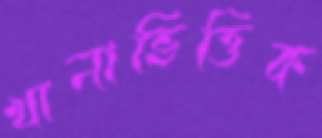
খানাভিত্তিক